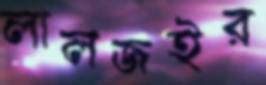
লালজইর